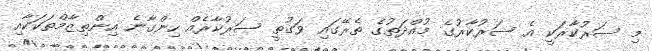
މި ސަރުކާރަކީ އެ ސަރުކާރުގެ މުއްދަތުގެ ތެރޭގައި ވަގުތީ ސަރުކާރެއް ހިންގާނެ އިންތިޒާމްތަކަކާއި